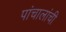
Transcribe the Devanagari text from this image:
पांचालांची